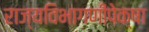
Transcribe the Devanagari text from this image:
राज्यविभागणीपेक्षा